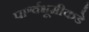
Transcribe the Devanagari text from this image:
पार्श्वभूमीकडे